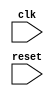
module behavioral_modeling_block (
    input wire clk,
    input wire reset
);

always @(posedge clk or negedge reset) begin
    // Logic for the behavioral modeling block goes here
    // Use if statements, case statements, and other Verilog constructs to define the behavior
end

endmodule